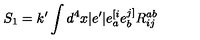
S _ { 1 } = k ^ { \prime } \int d ^ { 4 } x \vert e ^ { \prime } \vert e _ { a } ^ { [ i } e _ { b } ^ { j ] } R _ { i j } ^ { a b }